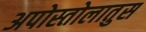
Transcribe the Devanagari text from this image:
अपोस्तोलातुस